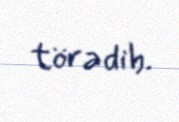
törədib.